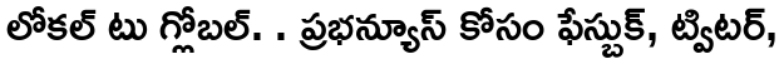
లోకల్ టు గ్లోబల్. . ప్రభన్యూస్ కోసం ఫేస్బుక్, ట్విటర్,